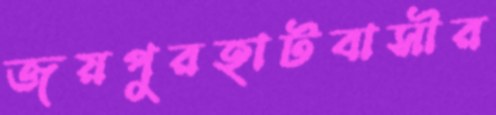
জয়পুরহাটবাসীর